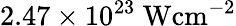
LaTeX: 2.47\times 10^{23}\mathrm{~Wcm^{-2}}